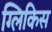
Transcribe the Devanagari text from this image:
ग्लिकिस